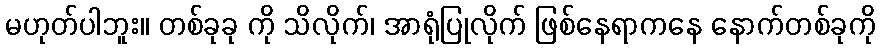
မဟုတ်ပါဘူး။ တစ်ခုခု ကို သိလိုက်၊ အာရုံပြုလိုက် ဖြစ်နေရာကနေ နောက်တစ်ခုကို